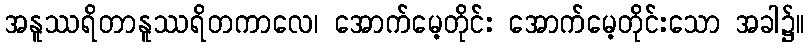
အနူဿရိတာနူဿရိတကာလေ၊ အောက်မေ့တိုင်း အောက်မေ့တိုင်းသော အခါ၌။